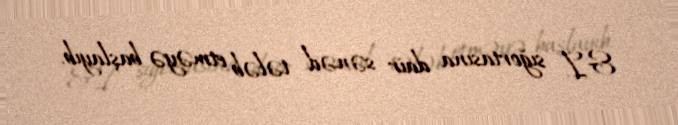
&I sığortasına dair sənəd tələb etməyə başlayıb.